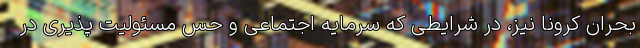
بحران کرونا نیز، در شرایطی که سرمایه اجتماعی و حس مسئولیت پذیری در